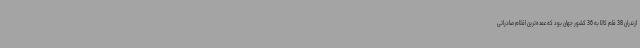
ازندران 38 قلم کالا به 36 کشور جهان بود که عمده‌ترین اقلام صادراتی